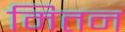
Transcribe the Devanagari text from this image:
मितन